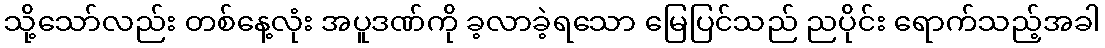
သို့သော်လည်း တစ်နေ့လုံး အပူဒဏ်ကို ခ့လာခဲ့ရသော မြေပြင်သည် ညပိုင်း ရောက်သည့်အခါ